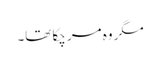
مگر وہ مر چکا تھا۔